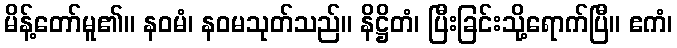
မိန့်တော်မူ၏။ နဝမံ၊ နဝမသုတ်သည်။ နိဋ္ဌိတံ၊ ပြီးခြင်းသို့ရောက်ပြီ။ ဧကံ၊